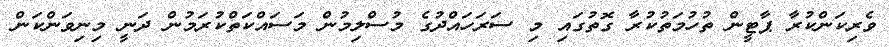
ވެރިކަންކުރާ ޕާޓީން ތުހުމަތުކުރާ ގޮތުގައި މި ސަރަހައްދުގެ މުސްލިމުން މަސައްކަތްކުރަމުން ދަނީ މިނިވަންކަން